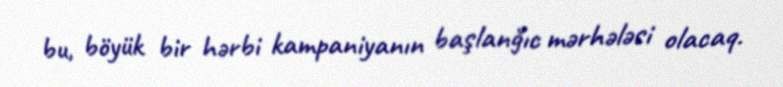
bu, böyük bir hərbi kampaniyanın başlanğıc mərhələsi olacaq.